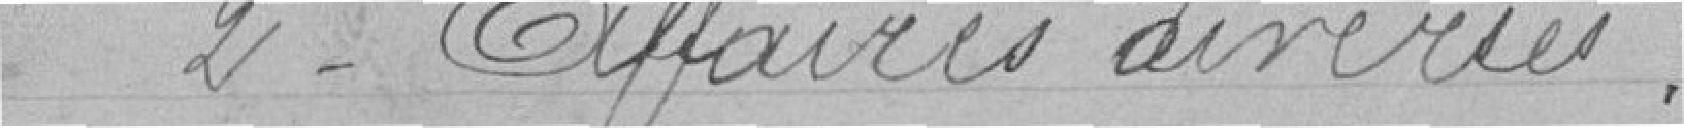
2° Affaires diverses